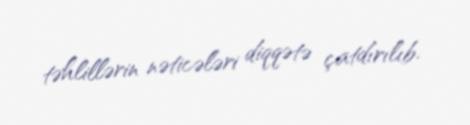
təhlillərin nəticələri diqqətə çatdırılıb.